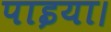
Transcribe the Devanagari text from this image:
पाइया।